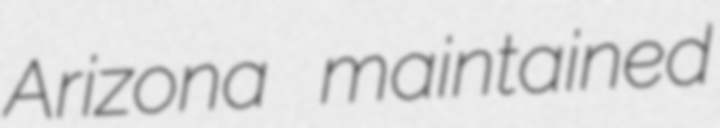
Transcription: Arizona maintained